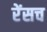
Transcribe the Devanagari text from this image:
रेंसच